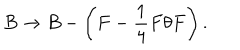
LaTeX: B \rightarrow B - \left( F - \frac { 1 } { 4 } F \theta F \right) .